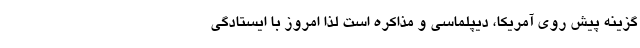
گزینه پیش روی آمریکا، دیپلماسی و مذاکره است لذا امروز با ایستادگی